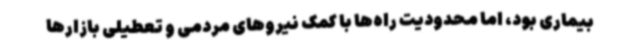
بیماری بود، اما محدودیت راه‌ها با کمک نیروهای مردمی و تعطیلی بازارها